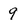
Character: 9